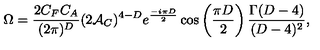
\Omega = { \frac { 2 C _ { F } C _ { A } } { ( 2 \pi ) ^ { D } } } ( 2 { \cal A } _ { C } ) ^ { 4 - D } e ^ { \frac { - i \pi D } { 2 } } \cos \left( { \frac { \pi D } { 2 } } \right) { \frac { \Gamma ( D - 4 ) } { ( D - 4 ) ^ { 2 } } } ,